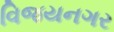
વિજયનગર